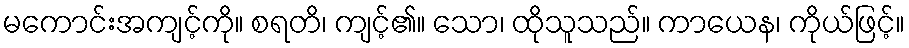
မကောင်းအကျင့်ကို။ စရတိ၊ ကျင့်၏။ သော၊ ထိုသူသည်။ ကာယေန၊ ကိုယ်ဖြင့်။